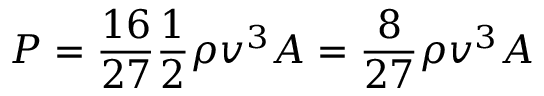
P = { \frac { 1 6 } { 2 7 } } { \frac { 1 } { 2 } } \rho v ^ { 3 } A = { \frac { 8 } { 2 7 } } \rho v ^ { 3 } A